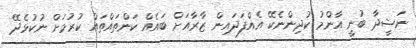
ނަޝީދާ ބުނީ އާންމު ކުދިންނެކޭ އެއްފަދައިން ޒާރާއަށް ބައެއް ކަންތައްތައް ކުރުމަށް ނުކުޅެދޭ